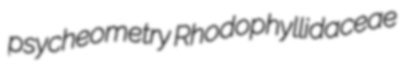
psycheometry Rhodophyllidaceae